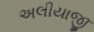
અલીયાજી